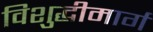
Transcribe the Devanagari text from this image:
विशुद्धीमार्ग